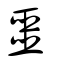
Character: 噩